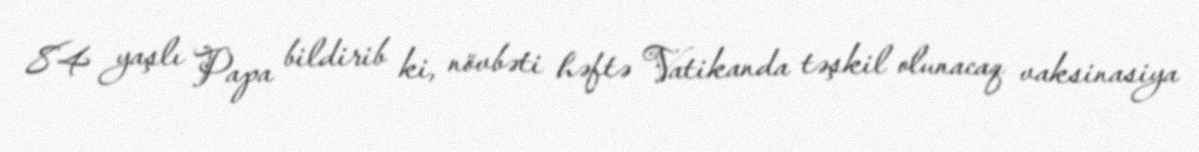
84 yaşlı Papa bildirib ki, növbəti həftə Vatikanda təşkil olunacaq vaksinasiya